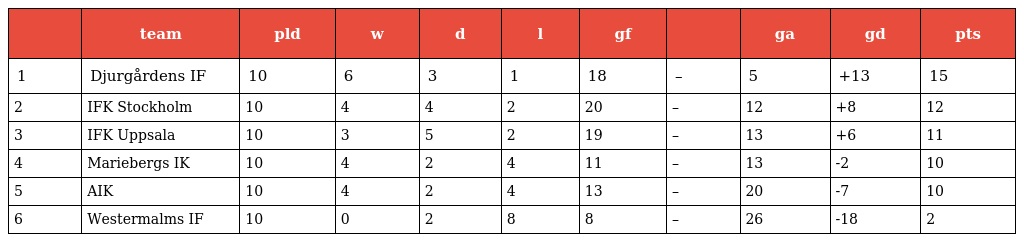
|  | team | pld | w | d | l | gf |  | ga | gd | pts |
 | --- | --- | --- | --- | --- | --- | --- | --- | --- | --- | --- |
 | 1 | Djurgårdens IF | 10 | 6 | 3 | 1 | 18 | – | 5 | +13 | 15 |
 | 2 | IFK Stockholm | 10 | 4 | 4 | 2 | 20 | – | 12 | +8 | 12 |
 | 3 | IFK Uppsala | 10 | 3 | 5 | 2 | 19 | – | 13 | +6 | 11 |
 | 4 | Mariebergs IK | 10 | 4 | 2 | 4 | 11 | – | 13 | -2 | 10 |
 | 5 | AIK | 10 | 4 | 2 | 4 | 13 | – | 20 | -7 | 10 |
 | 6 | Westermalms IF | 10 | 0 | 2 | 8 | 8 | – | 26 | -18 | 2 |